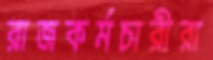
রাজকর্মচারীরা